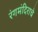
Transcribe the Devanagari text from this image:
रंगमंदिराचे